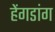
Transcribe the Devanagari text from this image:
हेंगडांग